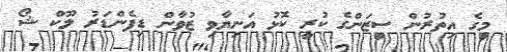
މީގެ އިތުރުން ސީޒަންގެ ކުރީ ކޮޅު އަނިޔާވި ޒުވާން ޑިފެންޑަރު ލޫކް ޝޯ